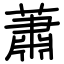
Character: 蕭